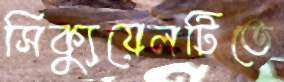
সিক্যুয়েলটিতে